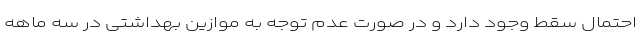
احتمال سقط وجود دارد و در صورت عدم توجه به موازین بهداشتی در سه ماهه